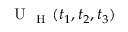
\mathrm { ~ U ~ } _ { \mathrm { ~ H ~ } } ( t _ { 1 } , t _ { 2 } , t _ { 3 } )